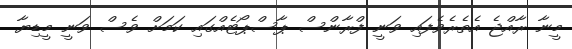
މީނާ ރާއްޖެ އެތެރެވެފައި ވަނީ ފްރާންސް ޕާސްޕޯޓެއްގައި ކަމަށް ވެސް ވަނީ މީޑިޔާ